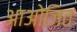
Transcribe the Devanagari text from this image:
आओजित